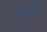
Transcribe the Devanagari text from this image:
सधर्मीय